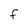
Character: F